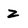
Character: z